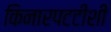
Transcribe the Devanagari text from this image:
किनारपटटीशी